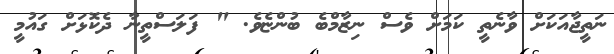
ނަތީޖާއަކަށް ވާނެތީ ކަމަށް ވެސް ނިޒާމްބެ ބުންޏެވެ. " ފަލަސްތީނާ ދެކޮޅަށް ގައުމީ